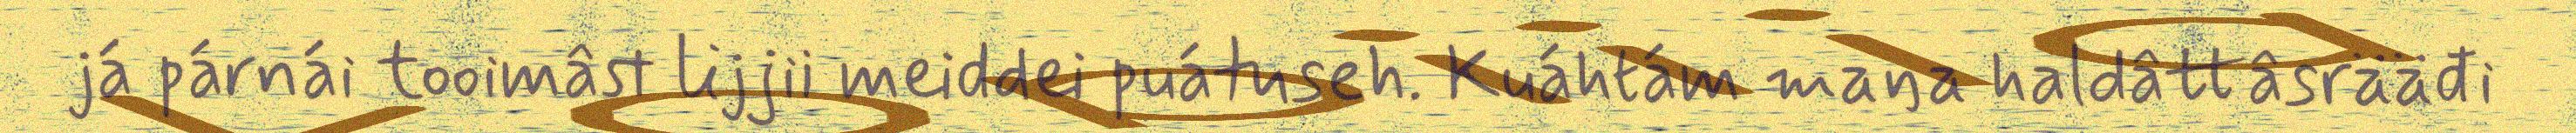
já párnái tooimâst lijjii meiddei puátuseh. Kuáhtám maŋa haldâttâsrääđi